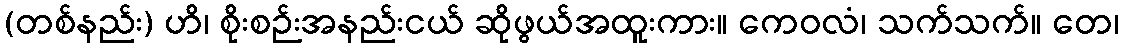
(တစ်နည်း) ဟိ၊ စိုးစဉ်းအနည်းငယ် ဆိုဖွယ်အထူးကား။ ကေဝလံ၊ သက်သက်။ တေ၊